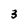
Character: 3